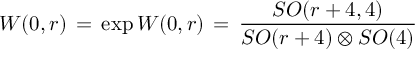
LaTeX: { \cal W } ( 0 , r ) \, = \, \exp { W ( 0 , r ) } \, = \, \frac { S O ( r + 4 , 4 ) } { S O ( r + 4 ) \otimes S O ( 4 ) }